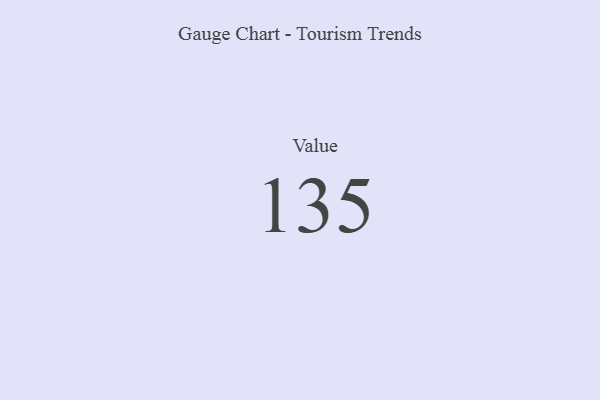
{"axis": {"x": "Metric", "y": "Value"}, "legend": [""], "data": [{"x": "Value", "y": 135, "type": ""}]}